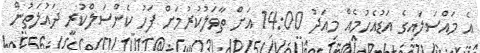
އެ މައްސަލައިގެ އަޑުއެހުމެއް މިއަދު 14:00 އަށް ތާވަލުކުރުމަށް ފަހު ކެންސަލްކުރީ ދައުލަތުން